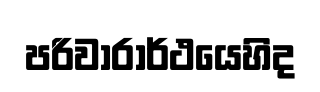
පරිවාරාර්ථයෙහිද